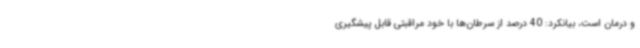
و درمان است، بیانکرد: 40 درصد از سرطان‌ها با خود مراقبتی قابل پیشگیری